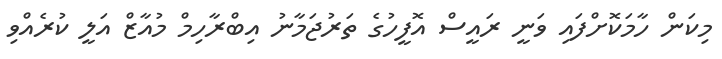
މިކަން ހާމަކޮށްފައި ވަނީ ރައީސް އޮފީހުގެ ތަރުޖަމާނު އިބްރާހިމް މުއާޒް އަލީ ކުރެއްވި